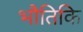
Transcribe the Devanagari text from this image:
भौतिकि